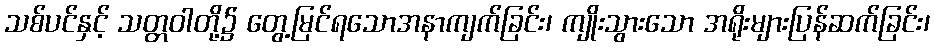
သစ်ပင်နှင့် သတ္တဝါတို့၌ တွေ့မြင်ရသောအနာကျက်ခြင်း၊ ကျိုးသွားသော အရိုးများပြန်ဆက်ခြင်း၊